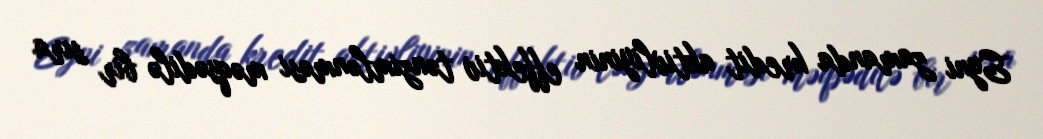
Eyni zamanda kredit aktivliyinin effektiv tənzimlənməsi məqsədilə bir sıra